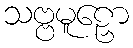
သဗ္ဗမူဠှော